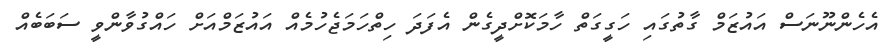
އެހެންނޫނަސް އައުޒަމް ގާތުގައި ހަގީގަތް ހާމަކޮށްދީގެން އެފަދަ ހިތްހަމަޖެހުމެއް އައުޒަމްއަށް ހައްގުވާންވީ ސަބަބެއް